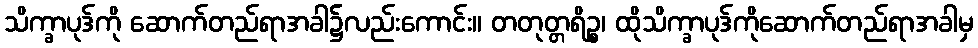
သိက္ခာပုဒ်ကို ဆောက်တည်ရာအခါ၌လည်းကောင်း။ တတုတ္တရိဉ္စ၊ ထိုသိက္ခာပုဒ်ကိုဆောက်တည်ရာအခါမှ